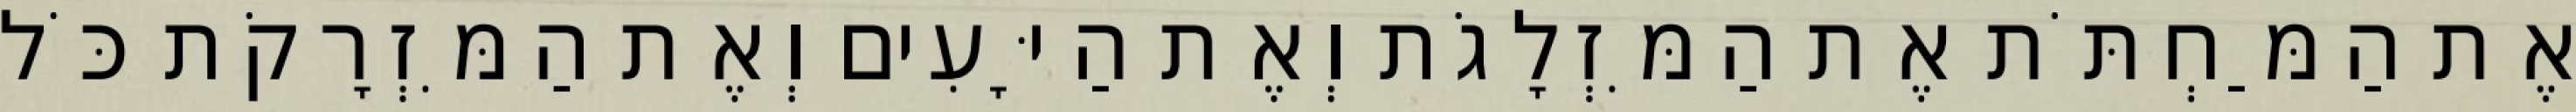
אֶת הַמַּחְתֹּת אֶת הַמִּזְלָגֹת וְאֶת הַיָּעִים וְאֶת הַמִּזְרָקֹת כֹּל